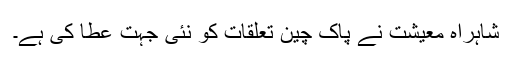
شاہراہ معیشت نے پاک چین تعلقات کو نئی جہت عطا کی ہے۔